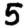
Digit: 5